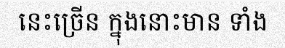
នេះច្រើន ក្នុងនោះមាន ទាំង